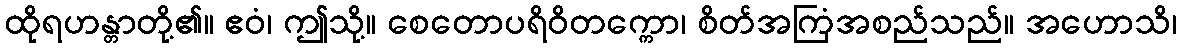
ထိုရဟန္တာတို့၏။ ဧဝံ၊ ဤသို့။ စေတောပရိဝိတက္ကော၊ စိတ်အကြံအစည်သည်။ အဟောသိ၊